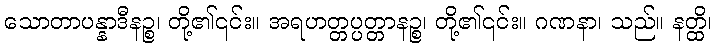
သောတာပန္နာဒီနဉ္စ၊ တို့၏၎င်း။ အရဟတ္တပ္ပတ္တာနဉ္စ၊ တို့၏၎င်း။ ဂဏနာ၊ သည်။ နတ္ထိ၊